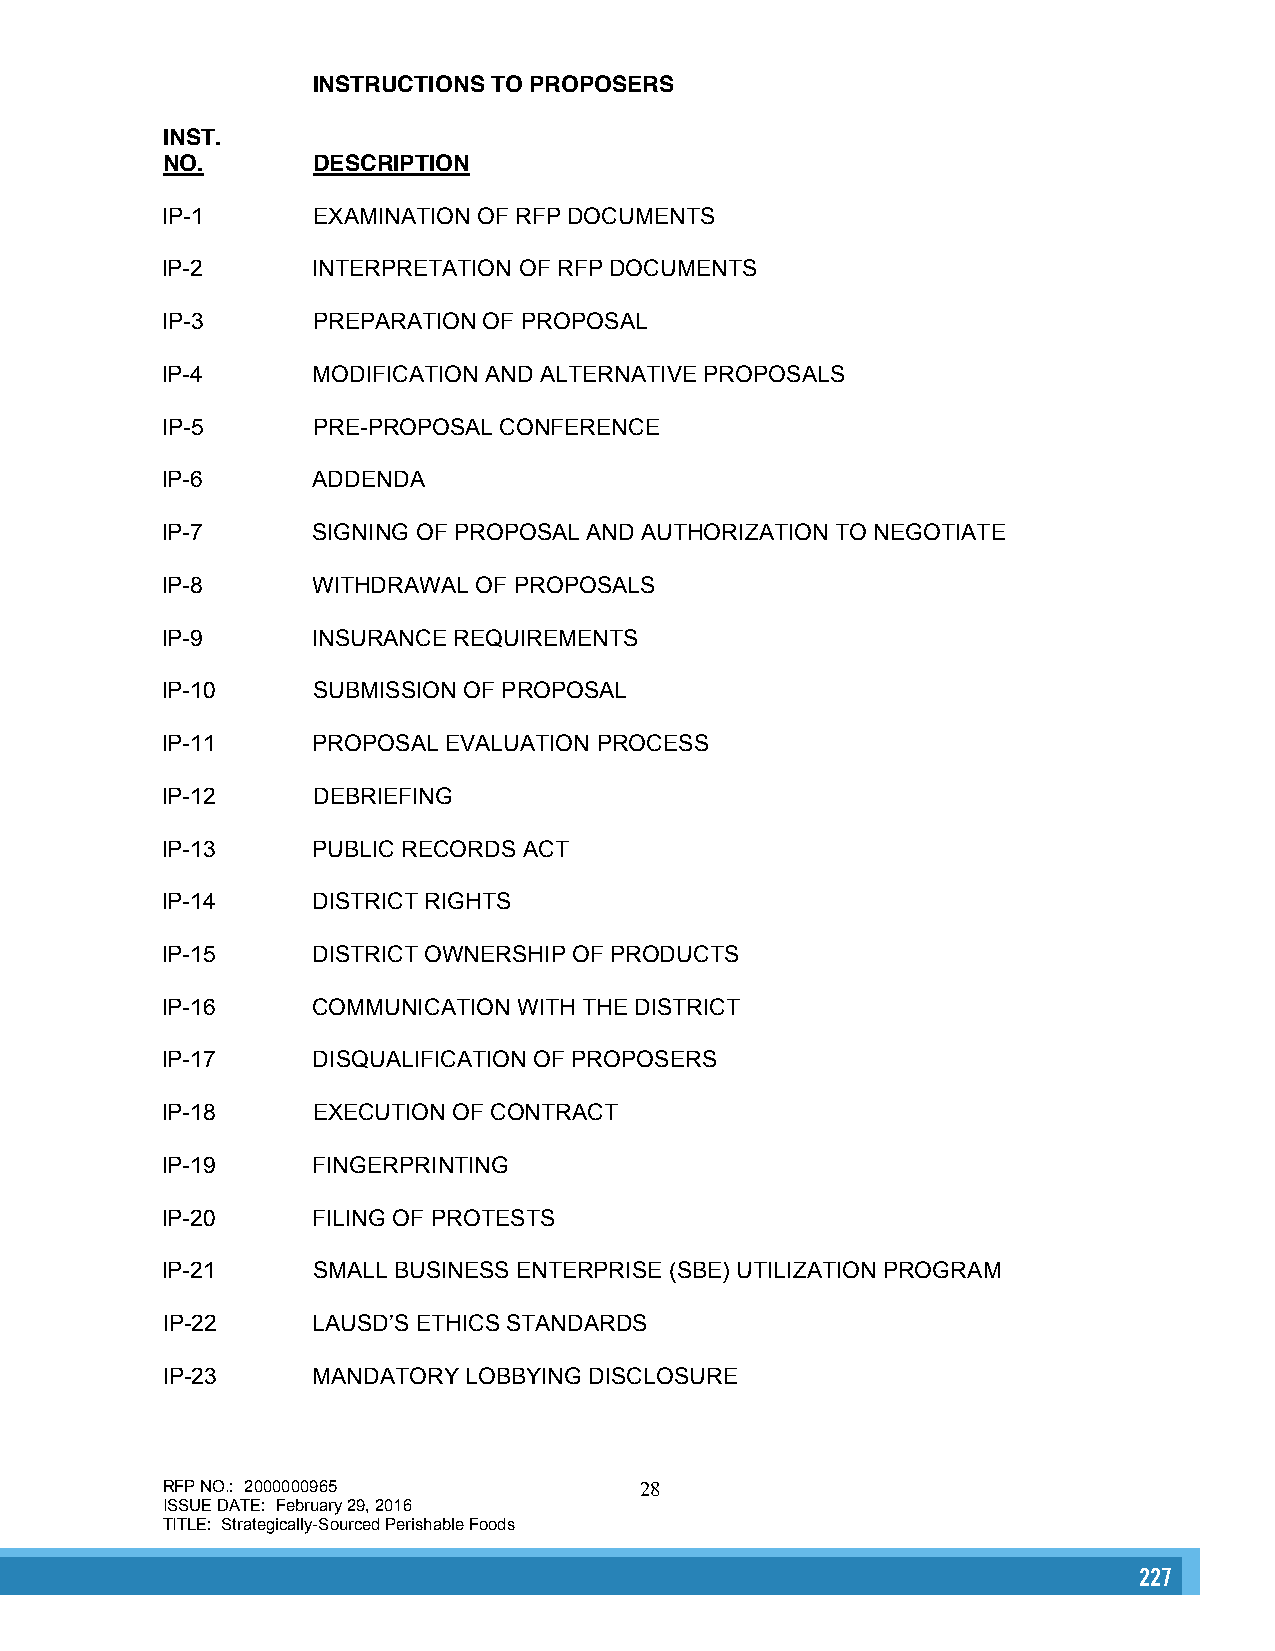
INSTRUCTIONS TO PROPOSERS
 INST.
 NO.       DESCRIPTION
 lP-1      EXAMINATION OF RFP DOCUMENTS
 lP-2      INTERPRETATION OF RFP DOCUMENTS
 lP-3      PREPARATION OF PROPOSAL
 lP-4      MODIFICATION AND ALTERNATIVE PROPOSALS
 lP-5      PRE-PROPOSAL CONFERENCE
 lP-6      ADDENDA
 lP-7      SIGNING OF PROPOSAL AND AUTHORIZATION TO NEGOTIATE
 lP-8      WITHDRAWAL OF PROPOSALS
 lP-9      INSURANCE REQUIREMENTS
 lP-10     SUBMISSION OF PROPOSAL
 lP-11     PROPOSAL EVALUATION PROCESS
 lP-12     DEBRIEFING
 lP-13     PUBLIC RECORDS ACT
 lP-14     DISTRICT RIGHTS
 lP-15     DISTRICT OWNERSHIP OF PRODUCTS
 lP-16     COMMUNICATION WITH THE DISTRICT
 lP-17     DISQUALIFICATION OF PROPOSERS
 lP-18     EXECUTION OF CONTRACT
 lP-19     FINGERPRINTING
 lP-20     FILING OF PROTESTS
 lP-21     SMALL BUSINESS ENTERPRISE (SBE) UTILIZATION PROGRAM
 IP-22     LAUSD’S ETHICS STANDARDS
 IP-23     MANDATORY LOBBYING DISCLOSURE
 RFP NO.: 2000000965            28
 ISSUE DATE: February 29, 2016
 TITLE: Strategically-Sourced Perishable Foods
 227